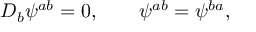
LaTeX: { \cal D } _ { b } \psi ^ { a b } = 0 , \quad \quad \psi ^ { a b } = \psi ^ { b a } ,